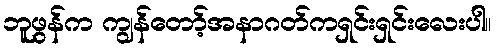
ဘူဖွန်က ကျွန်တော့်အနာဂတ်ကရှင်းရှင်းလေးပါ။